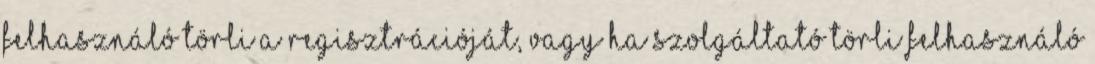
Felhasználó törli a regisztrációját, vagy ha Szolgáltató törli Felhasználó